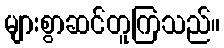
များစွာဆင်တူကြသည်။